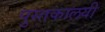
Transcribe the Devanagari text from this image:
पुस्तकालयी